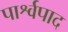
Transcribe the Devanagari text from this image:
पार्श्वपाद